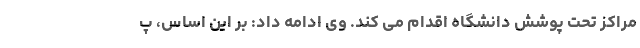
مراکز تحت پوشش دانشگاه اقدام می کند. وی ادامه داد: بر این اساس، پ